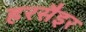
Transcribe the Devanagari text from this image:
हरसैइर